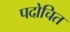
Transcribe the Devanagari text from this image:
पदोचित